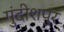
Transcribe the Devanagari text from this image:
गुंदीशपुर